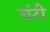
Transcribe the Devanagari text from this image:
चंटी